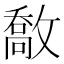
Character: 敿